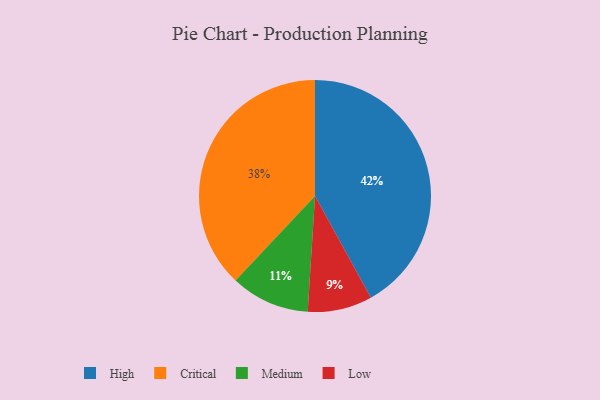
{"axis": {"x": "Category", "y": "Percentage"}, "legend": ["Critical", "High", "Low", "Medium"], "data": [{"x": "Low", "y": 9, "type": "Low"}, {"x": "Critical", "y": 38, "type": "Critical"}, {"x": "Medium", "y": 11, "type": "Medium"}, {"x": "High", "y": 42, "type": "High"}]}